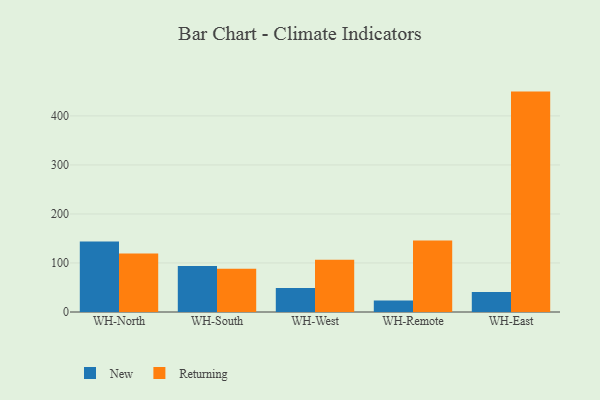
{"axis": {"x": "Warehouse", "y": "Latency (ms)"}, "legend": ["New", "Returning"], "data": [{"x": "WH-North", "y": 143.8, "type": "New"}, {"x": "WH-North", "y": 119.2, "type": "Returning"}, {"x": "WH-South", "y": 93.7, "type": "New"}, {"x": "WH-South", "y": 88.0, "type": "Returning"}, {"x": "WH-West", "y": 48.9, "type": "New"}, {"x": "WH-West", "y": 106.5, "type": "Returning"}, {"x": "WH-Remote", "y": 23.5, "type": "New"}, {"x": "WH-Remote", "y": 145.9, "type": "Returning"}, {"x": "WH-East", "y": 40.8, "type": "New"}, {"x": "WH-East", "y": 449.6, "type": "Returning"}]}